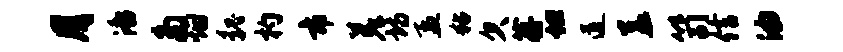
月潘多烟貌杓市差诗孟粘欠蒋坦道盖笥信油